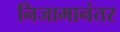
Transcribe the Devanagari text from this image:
निजामानंतर